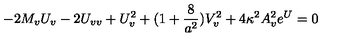
- 2 M _ { v } U _ { v } - 2 U _ { v v } + U _ { v } ^ { 2 } + ( 1 + { \frac { 8 } { a ^ { 2 } } } ) V _ { v } ^ { 2 } + 4 \kappa ^ { 2 } A _ { v } ^ { 2 } e ^ { U } = 0